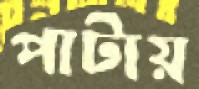
পাটায়